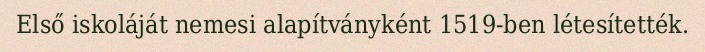
Első iskoláját nemesi alapítványként 1519-ben létesítették.